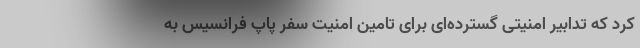
کرد که تدابیر امنیتی گسترده‌ای برای تامین امنیت سفر پاپ فرانسیس به